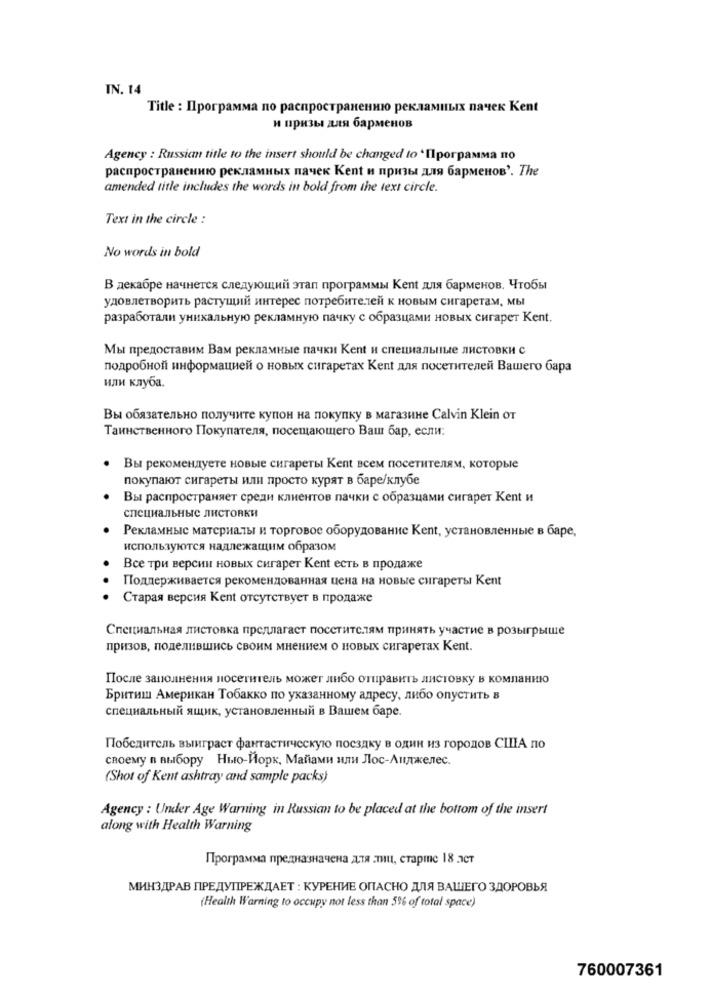
IN. 14
Title : Программа по распространению рекламных пачек Kent
и призы для барменов
Agency : Russian title to the insert should be changed to " Ilporpamma no
распространению рекламных пачек Kent и призы для барменов'. The
amended title includes the words in bold from the text circle.
Text in the circle :
No words in bold
В декабре начнется следующий этап программы Kent для барменов. Чтобы
удовлетворить растущий интерес потребителей к новым сигаретам, мы
разработали уникальную рекламную пачку с образцами новых сигарет Kent.
Мы предоставим Вам рекламные пачки Kent и специальные листовки с
подробной информацией о новых сигаретах Kent для посетителей Вашего бара
или клуба.
Вы обязательно получите купон на покупку в магазине Calvin Klein от
Таинственного Покупателя, посещающего Ваш бар, если:
Вы рекомендуете новые сигареты Kent всем посетителям, которые
покупают сигареты или просто курят в баре/клубе
Вы распространяет среди клиентов пачки с образцами сигарет Kent и
специальные листовки
Рекламные материалы и торговое оборудование Kent, установленные в баре,
используются надлежащим образом
Все три версии новых сигарет Kent есть в продаже
Поддерживается рекомендованная цена на новые сигареты Kent
Старая версия Kent отсутствует в продаже
Специальная листовка предлагает посетителям принять участие в розыгрыше
призов, поделившись своим мнением о новых сигаретах Kent.
После заполнения посетитель может либо отправить листовку в компанию
Бритиш Американ Тобакко по указанному адресу, либо опустить в
специальный ящик, установленный в Вашем баре.
Победитель выиграет фантастическую поездку в один из городов США по
своему в выбору Нью-Йорк, Майами или Лос-Анджелес.
(Shot of Kent ashtray and sample packs)
Agency : Under Age Warning in Russiam to be placed at the bottom of the insert
along with Health Warning
Программа предназначена для лиц, старше 18 лет
МИНЗДРАВ ПРЕДУПРЕЖДАЕТ : КУРЕНИЕ ОПАСНО ДЛЯ ВАШЕГО ЗДОРОВЬЯ
(Health Warning to occupy not less than 5% of total space)
760007361